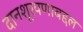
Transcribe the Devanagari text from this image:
दानशूरपणाबद्दल